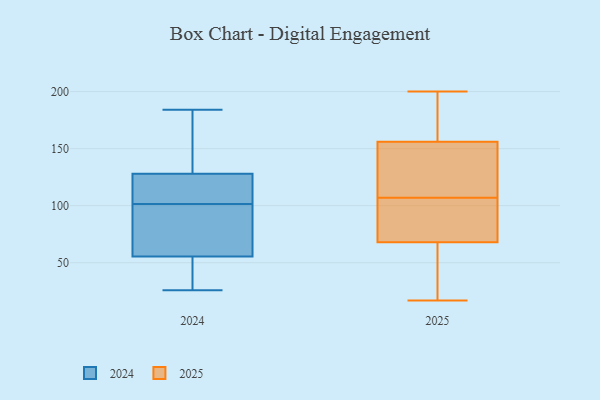
{"axis": {"x": "Population (Million)", "y": "Value"}, "legend": ["2024", "2025"], "data": [{"x": "", "y": 43, "type": "2024"}, {"x": "", "y": 102, "type": "2024"}, {"x": "", "y": 68, "type": "2024"}, {"x": "", "y": 26, "type": "2024"}, {"x": "", "y": 41, "type": "2024"}, {"x": "", "y": 128, "type": "2024"}, {"x": "", "y": 160, "type": "2024"}, {"x": "", "y": 128, "type": "2024"}, {"x": "", "y": 105, "type": "2024"}, {"x": "", "y": 94, "type": "2024"}, {"x": "", "y": 184, "type": "2024"}, {"x": "", "y": 101, "type": "2024"}, {"x": "", "y": 108, "type": "2025"}, {"x": "", "y": 68, "type": "2025"}, {"x": "", "y": 200, "type": "2025"}, {"x": "", "y": 49, "type": "2025"}, {"x": "", "y": 138, "type": "2025"}, {"x": "", "y": 150, "type": "2025"}, {"x": "", "y": 189, "type": "2025"}, {"x": "", "y": 84, "type": "2025"}, {"x": "", "y": 142, "type": "2025"}, {"x": "", "y": 156, "type": "2025"}, {"x": "", "y": 35, "type": "2025"}, {"x": "", "y": 17, "type": "2025"}, {"x": "", "y": 191, "type": "2025"}, {"x": "", "y": 166, "type": "2025"}, {"x": "", "y": 41, "type": "2025"}, {"x": "", "y": 101, "type": "2025"}, {"x": "", "y": 106, "type": "2025"}, {"x": "", "y": 101, "type": "2025"}]}